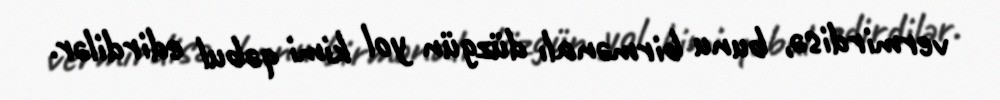
vermirdisə, bunu birmənalı düzgün yol kimi qəbul edirdilər.